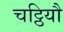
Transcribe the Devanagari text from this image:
चट्ठियौ